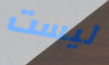
ليست